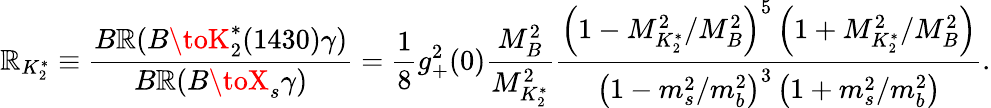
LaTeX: \mathbb{R}_{K_{2}^{*}}\equiv\frac{{B\mathbb{R}(B\toK_{2}^{*}(1430)\gamma)}}{{B\mathbb{R}(B\toX_{s}\gamma)}}=\frac{1}{8}g_{+}^{2}(0)\frac{{M_{B}^{2}}}{{M_{K_{2}^{*}}^{2}}}\frac{{\left(1-{M_{K_{2}^{*}}^{2}}/{M_{B}^{2}}\right)^{5}\left(1+{M_{K_{2}^{*}}^{2}}/{M_{B}^{2}}\right)}}{{\left(1-{m_{s}^{2}}/{m_{b}^{2}}\right)^{3}\left(1+{m_{s}^{2}}/{m_{b}^{2}}\right)}}.